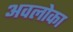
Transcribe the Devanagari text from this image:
अवलोका